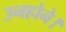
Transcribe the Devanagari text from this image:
उनहोने।